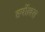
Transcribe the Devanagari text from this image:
हर्षोल्लस